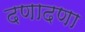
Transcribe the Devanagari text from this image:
दणादणा